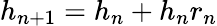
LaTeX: h_{n+1}=h_{n}+h_{n}r_{n}